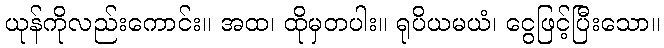
ယုန်ကိုလည်းကောင်း။ အထ၊ ထိုမှတပါး။ ရုပိယမယံ၊ ငွေဖြင့်ပြီးသော။